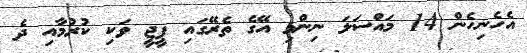
އެހެނިހެން 14 މައްސަލަ ނިންމި އޭގެ ތެރޭގައި ޕީޖީ ވަކި ކުރުމާއި ދެ